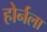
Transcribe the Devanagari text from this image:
होर्नला